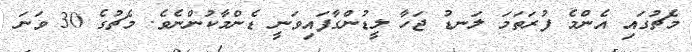
މެޗުގައި އެންމެ ފުރަތަމަ ލަނޑު ޖަހާ ލީޑުންގާފައިވަނީ ޑެންމާކުންނެވެ. މެޗުގެ 30 ވަނަ